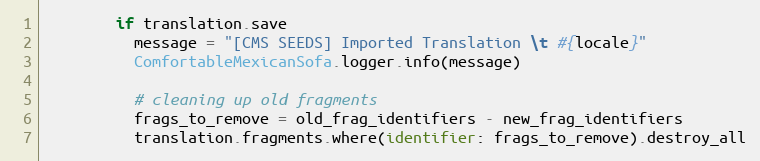
Language: Ruby
        if translation.save
          message = "[CMS SEEDS] Imported Translation \t #{locale}"
          ComfortableMexicanSofa.logger.info(message)

          # cleaning up old fragments
          frags_to_remove = old_frag_identifiers - new_frag_identifiers
          translation.fragments.where(identifier: frags_to_remove).destroy_all